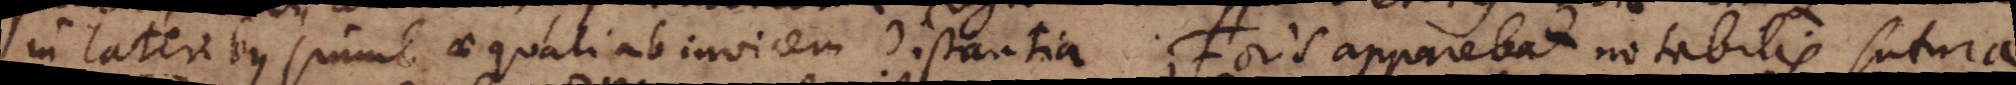
in lateribus simul aequali ab invicem distantia. Foris apparebat notabilis sutura,